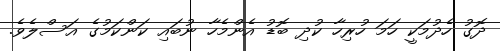
ދޮގު ހެދުމަކީ ހަމަ ހުރިހާ ކުދި ބޮޑު އެންމެހާ ނުބައި ކަންކަމުގެ އަސްލެވެ.